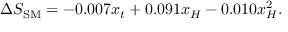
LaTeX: \Delta S _ { \mathrm { S M } } = - 0 . 0 0 7 x _ { t } + 0 . 0 9 1 x _ { H } - 0 . 0 1 0 x _ { H } ^ { 2 } . \nonumber